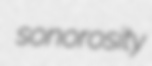
sonorosity